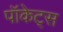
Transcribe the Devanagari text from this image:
पॉकेट्स